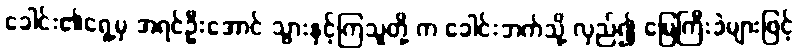
ခေါင်း၏ရှေ့မှ အရင်ဦးအောင် သွားနှင့်ကြသူတို့ က ခေါင်းဘက်သို့ လှည်၍ မြေကြီးခဲများဖြင့်